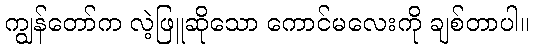
ကျွန်တော်က လဲ့ဖြူဆိုသော ကောင်မလေးကို ချစ်တာပါ။